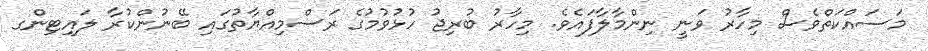
މަސައްކަތްވެސް މިހާރު ވަނީ ނިންމާލާފައެވެ. މިހާރު ބުރިޖު ހުޅުވުމުގެ ރަސްމިއްޔާތުގައި ބޭނުންކުރާ ލައިޓިންގ